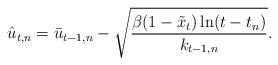
LaTeX: \begin{align*} \hat{u}_{t,n}=\bar{u}_{t-1,n}-\sqrt{\frac{\beta(1-\tilde{x}_t)\ln (t-t_n)}{k_{t-1,n}}}.\end{align*}